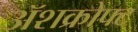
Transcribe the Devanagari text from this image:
ॲशक्रोफ्ट